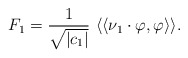
\begin{align*}F_1= \frac{1}{\sqrt{|c_1|}}\ \langle\langle \nu_1 \cdot \varphi , \varphi \rangle\rangle.\end{align*}